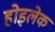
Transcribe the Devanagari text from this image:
होइलेक